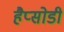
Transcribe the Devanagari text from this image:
हैप्सोडी